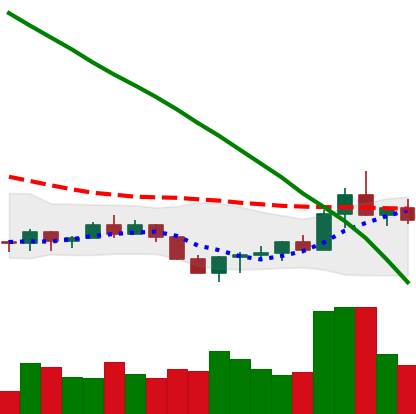
Ticker: ADA-USD
Chart end date: 2022-07-22
Forward return: 5.498%
Label: up_5_7